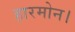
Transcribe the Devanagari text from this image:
हारमोन।